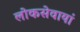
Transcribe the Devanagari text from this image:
लोकसेवायां